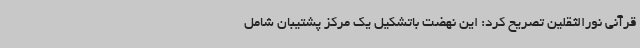
قرآنی نورالثقلین تصریح کرد: این نهضت باتشکیل یک مرکز پشتیبان شامل